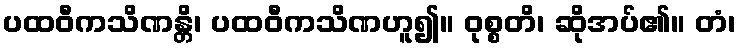
ပထဝီကသိဏန္တိ၊ ပထဝီကသိဏဟူ၍။ ဝုစ္စတိ၊ ဆိုအပ်၏။ တံ၊